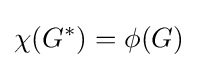
\chi (G^{*})=\phi (G)